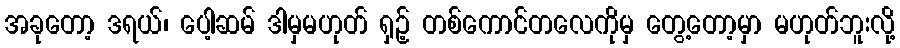
အခုတော့ ဒရယ်၊ ပေါ့ဆမ် ဒါမှမဟုတ် ရှဉ့် တစ်ကောင်တလေကိုမှ တွေ့တော့မှာ မဟုတ်ဘူးလို့